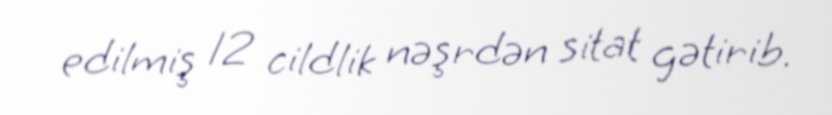
edilmiş 12 cildlik nəşrdən sitat gətirib.